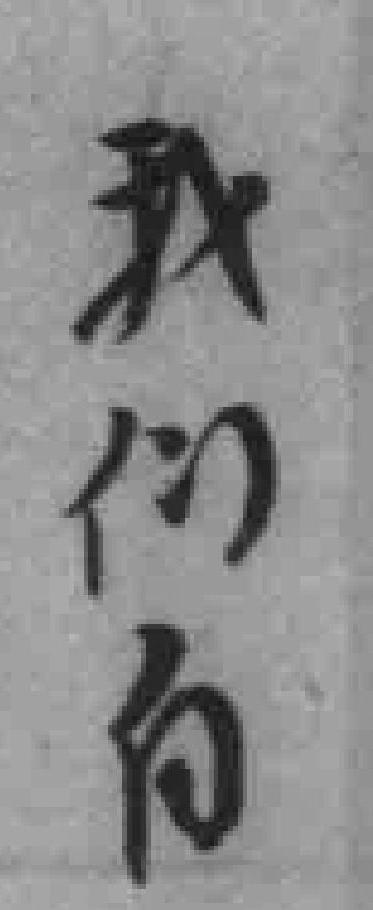
我们自